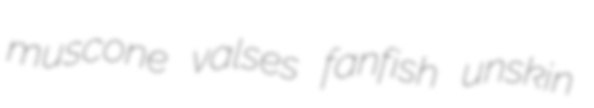
muscone valses fanfish unskin